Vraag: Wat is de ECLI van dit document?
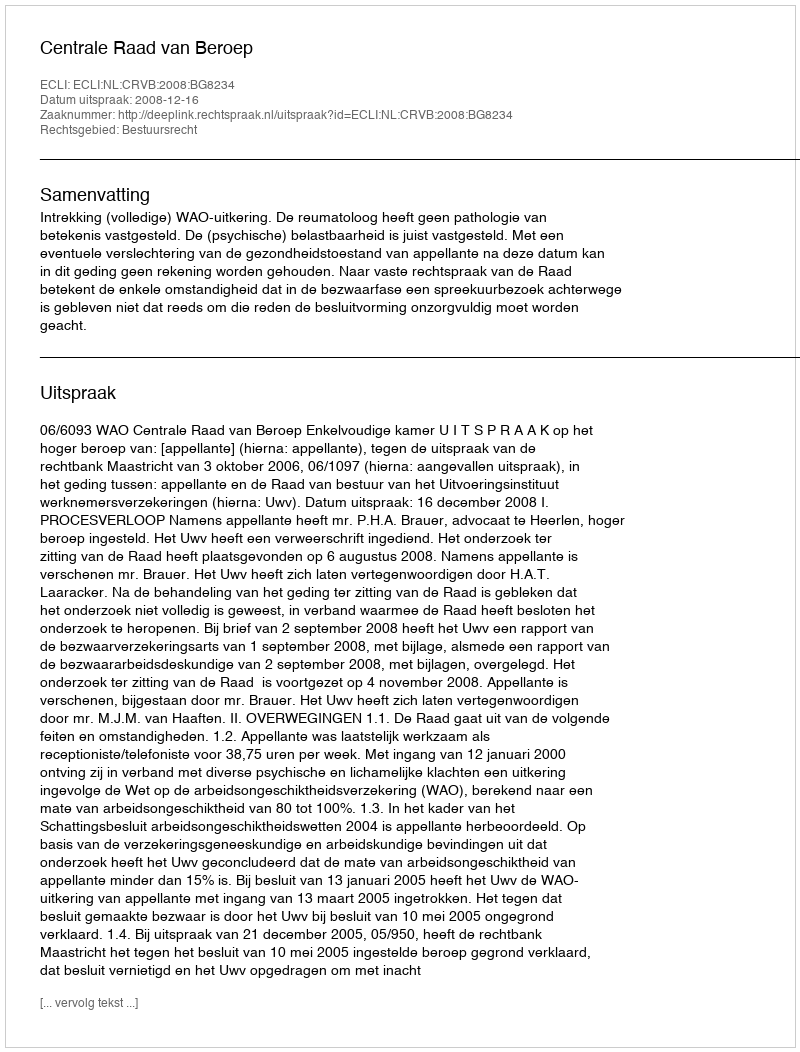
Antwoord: ECLI:NL:CRVB:2008:BG8234